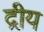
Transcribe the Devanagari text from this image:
द्रीय